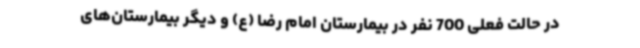
در حالت فعلی 700 نفر در بیمارستان امام رضا (ع) و دیگر بیمارستان‌های